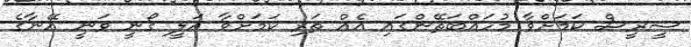
ސީރީސް ކަމަށްވާ މުހައްބަތޭންގައި އެއް ތަރި ކަމަށްވާ އަލީ ގޯނީ ވަނީ އޭނާގެ